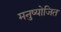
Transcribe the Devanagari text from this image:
मनुष्योजित